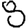
Digit: 8